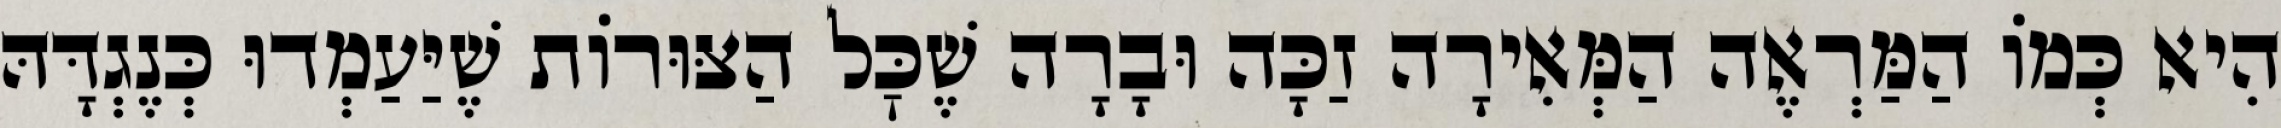
הִיא כְּמוֹ הַמַּרְאֶה הַמְּאִירָה זַכָּה וּבָרָה שֶׁכׇּל הַצּוּרוֹת שֶׁיַּעַמְדוּ כְּנֶגְדָּהּ